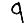
Digit: 9